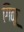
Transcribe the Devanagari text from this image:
गिळू